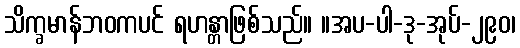
သိက္ခမာန်ဘဝကပင် ရဟန္တာဖြစ်သည်။ ။အပ-ပါ-ဒု-အုပ်-၂၉၀၊